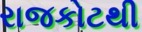
રાજકોટથી